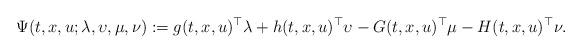
LaTeX: \begin{align*}\Psi(t,x,u;\lambda,\upsilon,\mu,\nu):=g(t,x,u)^\top\lambda+h(t,x,u)^\top\upsilon-G(t,x,u)^\top\mu-H(t,x,u)^\top\nu.\end{align*}